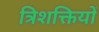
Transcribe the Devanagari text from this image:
त्रिशक्तियों